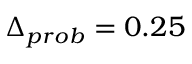
\Delta _ { p r o b } = 0 . 2 5